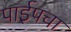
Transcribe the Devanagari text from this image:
पाईपचा